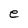
Character: e